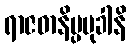
ရာဇဓာနိပ္ပမုခါနိ